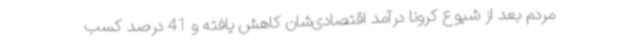
مردم بعد از شیوع کرونا درآمد اقتصادی‌شان کاهش یافته و 41 درصد کسب